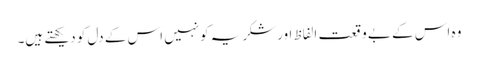
وہ اس کے بے وقعت الفاظ اورشکریہ کونہیں اس کے دل کو دیکھتے ہیں۔